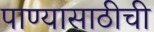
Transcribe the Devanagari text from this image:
पाण्यासाठीची